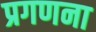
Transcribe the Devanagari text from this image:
प्रगणना